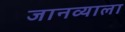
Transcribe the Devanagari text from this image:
जानव्याला